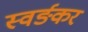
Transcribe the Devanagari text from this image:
स्वर्ङकर